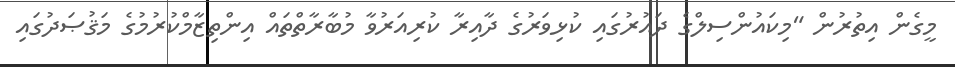
މީގެން އިތުރުން "މިކައުންސިލްގެ ދައުރުގައި ކުޅިވަރުގެ ދާއިރާ ކުރިއަރުވާ މުބާރާތްތައް އިންތިޒާމްކުރުމުގެ މަޤުޞަދުގައި